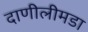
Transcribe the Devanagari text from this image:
दाणीलीमडा